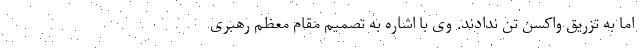
اما به تزریق واکسن تن ندادند. وی با اشاره به تصمیم مقام معظم رهبری